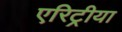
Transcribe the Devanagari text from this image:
एरिट्रीया